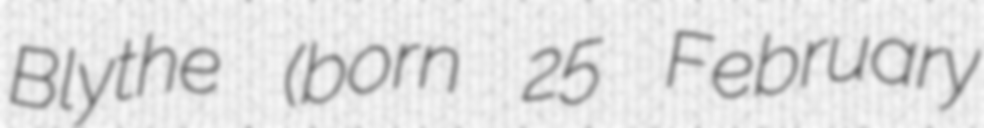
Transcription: Blythe (born 25 February